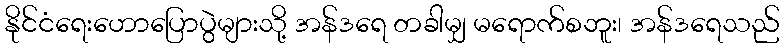
နိုင်ငံရေးဟောပြောပွဲများသို့ အန်ဒရေ တခါမျှ မရောက်စဘူး၊ အန်ဒရေသည်